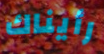
رأيناك